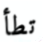
تطأ